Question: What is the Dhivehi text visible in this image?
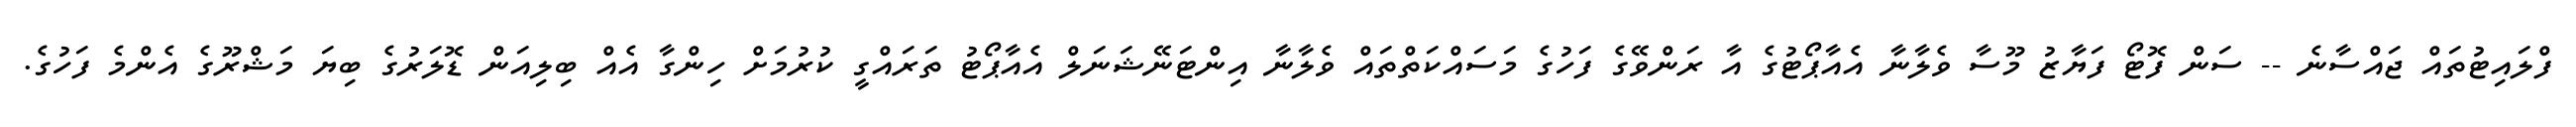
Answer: ފްލައިޓުތައް ޖައްސާނެ -- ސަން ފޮޓޯ ފަޔާޒު މޫސާ ވެލާނާ އެއާޕޯޓުގެ އާ ރަންވޭގެ ފަހުގެ މަސައްކަތްތައް ވެލާނާ އިންޓަނޭޝަނަލް އެއާޕޯޓު ތަރައްގީ ކުރުމަށް ހިންގާ އެއް ބިލިއަން ޑޮލަރުގެ ބިޔަ މަޝްރޫގެ އެންމެ ފަހުގެ.